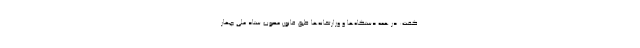
گفت: در همه دستگاه‌ها و وزارتخانه‌ها طبق قانون مصوب ستاد ملی چهار